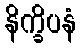
နိက္ခိပနံ